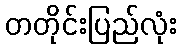
တတိုင်းပြည်လုံး